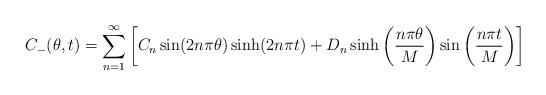
LaTeX: \begin{align*}\begin{aligned}C_-(\theta,t)= \sum_{n=1}^{\infty}\left[C_n \sin(2n\pi\theta)\sinh(2n\pi t)+D_n \sinh\left(\frac{n\pi\theta}{M}\right)\sin\left(\frac{n\pi t}{M}\right)\right]\\\end{aligned}\end{align*}